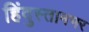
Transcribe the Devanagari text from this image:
हिंदुस्तानभर